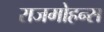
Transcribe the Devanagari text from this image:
राजमोहन्स